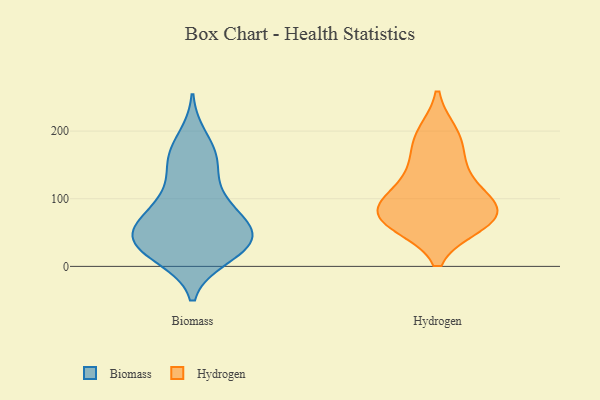
{"axis": {"x": "Revenue (USD Million)", "y": "Value"}, "legend": ["Biomass", "Hydrogen"], "data": [{"x": "", "y": 156, "type": "Biomass"}, {"x": "", "y": 33, "type": "Biomass"}, {"x": "", "y": 60, "type": "Biomass"}, {"x": "", "y": 86, "type": "Biomass"}, {"x": "", "y": 160, "type": "Biomass"}, {"x": "", "y": 14, "type": "Biomass"}, {"x": "", "y": 190, "type": "Biomass"}, {"x": "", "y": 69, "type": "Biomass"}, {"x": "", "y": 22, "type": "Biomass"}, {"x": "", "y": 47, "type": "Biomass"}, {"x": "", "y": 45, "type": "Biomass"}, {"x": "", "y": 100, "type": "Biomass"}, {"x": "", "y": 17, "type": "Biomass"}, {"x": "", "y": 109, "type": "Biomass"}, {"x": "", "y": 156, "type": "Biomass"}, {"x": "", "y": 36, "type": "Biomass"}, {"x": "", "y": 41, "type": "Biomass"}, {"x": "", "y": 60, "type": "Biomass"}, {"x": "", "y": 69, "type": "Hydrogen"}, {"x": "", "y": 129, "type": "Hydrogen"}, {"x": "", "y": 97, "type": "Hydrogen"}, {"x": "", "y": 195, "type": "Hydrogen"}, {"x": "", "y": 70, "type": "Hydrogen"}, {"x": "", "y": 188, "type": "Hydrogen"}, {"x": "", "y": 64, "type": "Hydrogen"}, {"x": "", "y": 97, "type": "Hydrogen"}, {"x": "", "y": 81, "type": "Hydrogen"}, {"x": "", "y": 72, "type": "Hydrogen"}, {"x": "", "y": 151, "type": "Hydrogen"}]}